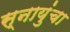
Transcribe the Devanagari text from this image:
स्नायुंचा